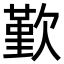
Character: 歏